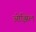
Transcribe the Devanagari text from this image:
ओझिल